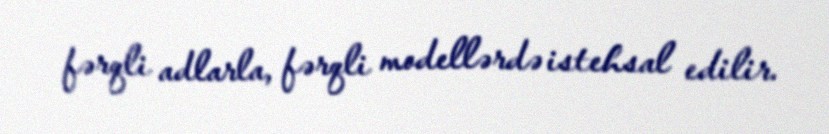
fərqli adlarla, fərqli modellərdə istehsal edilir.